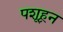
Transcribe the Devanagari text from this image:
पशूहून